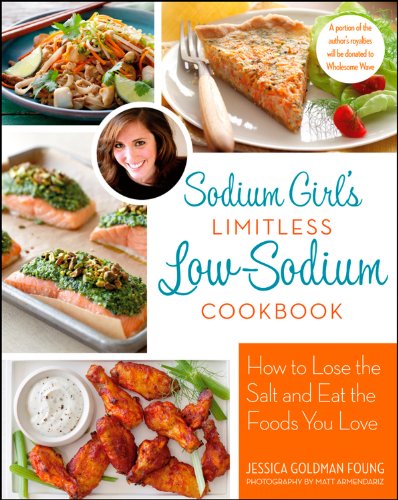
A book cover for Sodium Girl's Limitless Low-Sodium Cookbook; Jessica Goldman Foung; Cookbooks, Food & Wine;